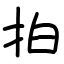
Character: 拍